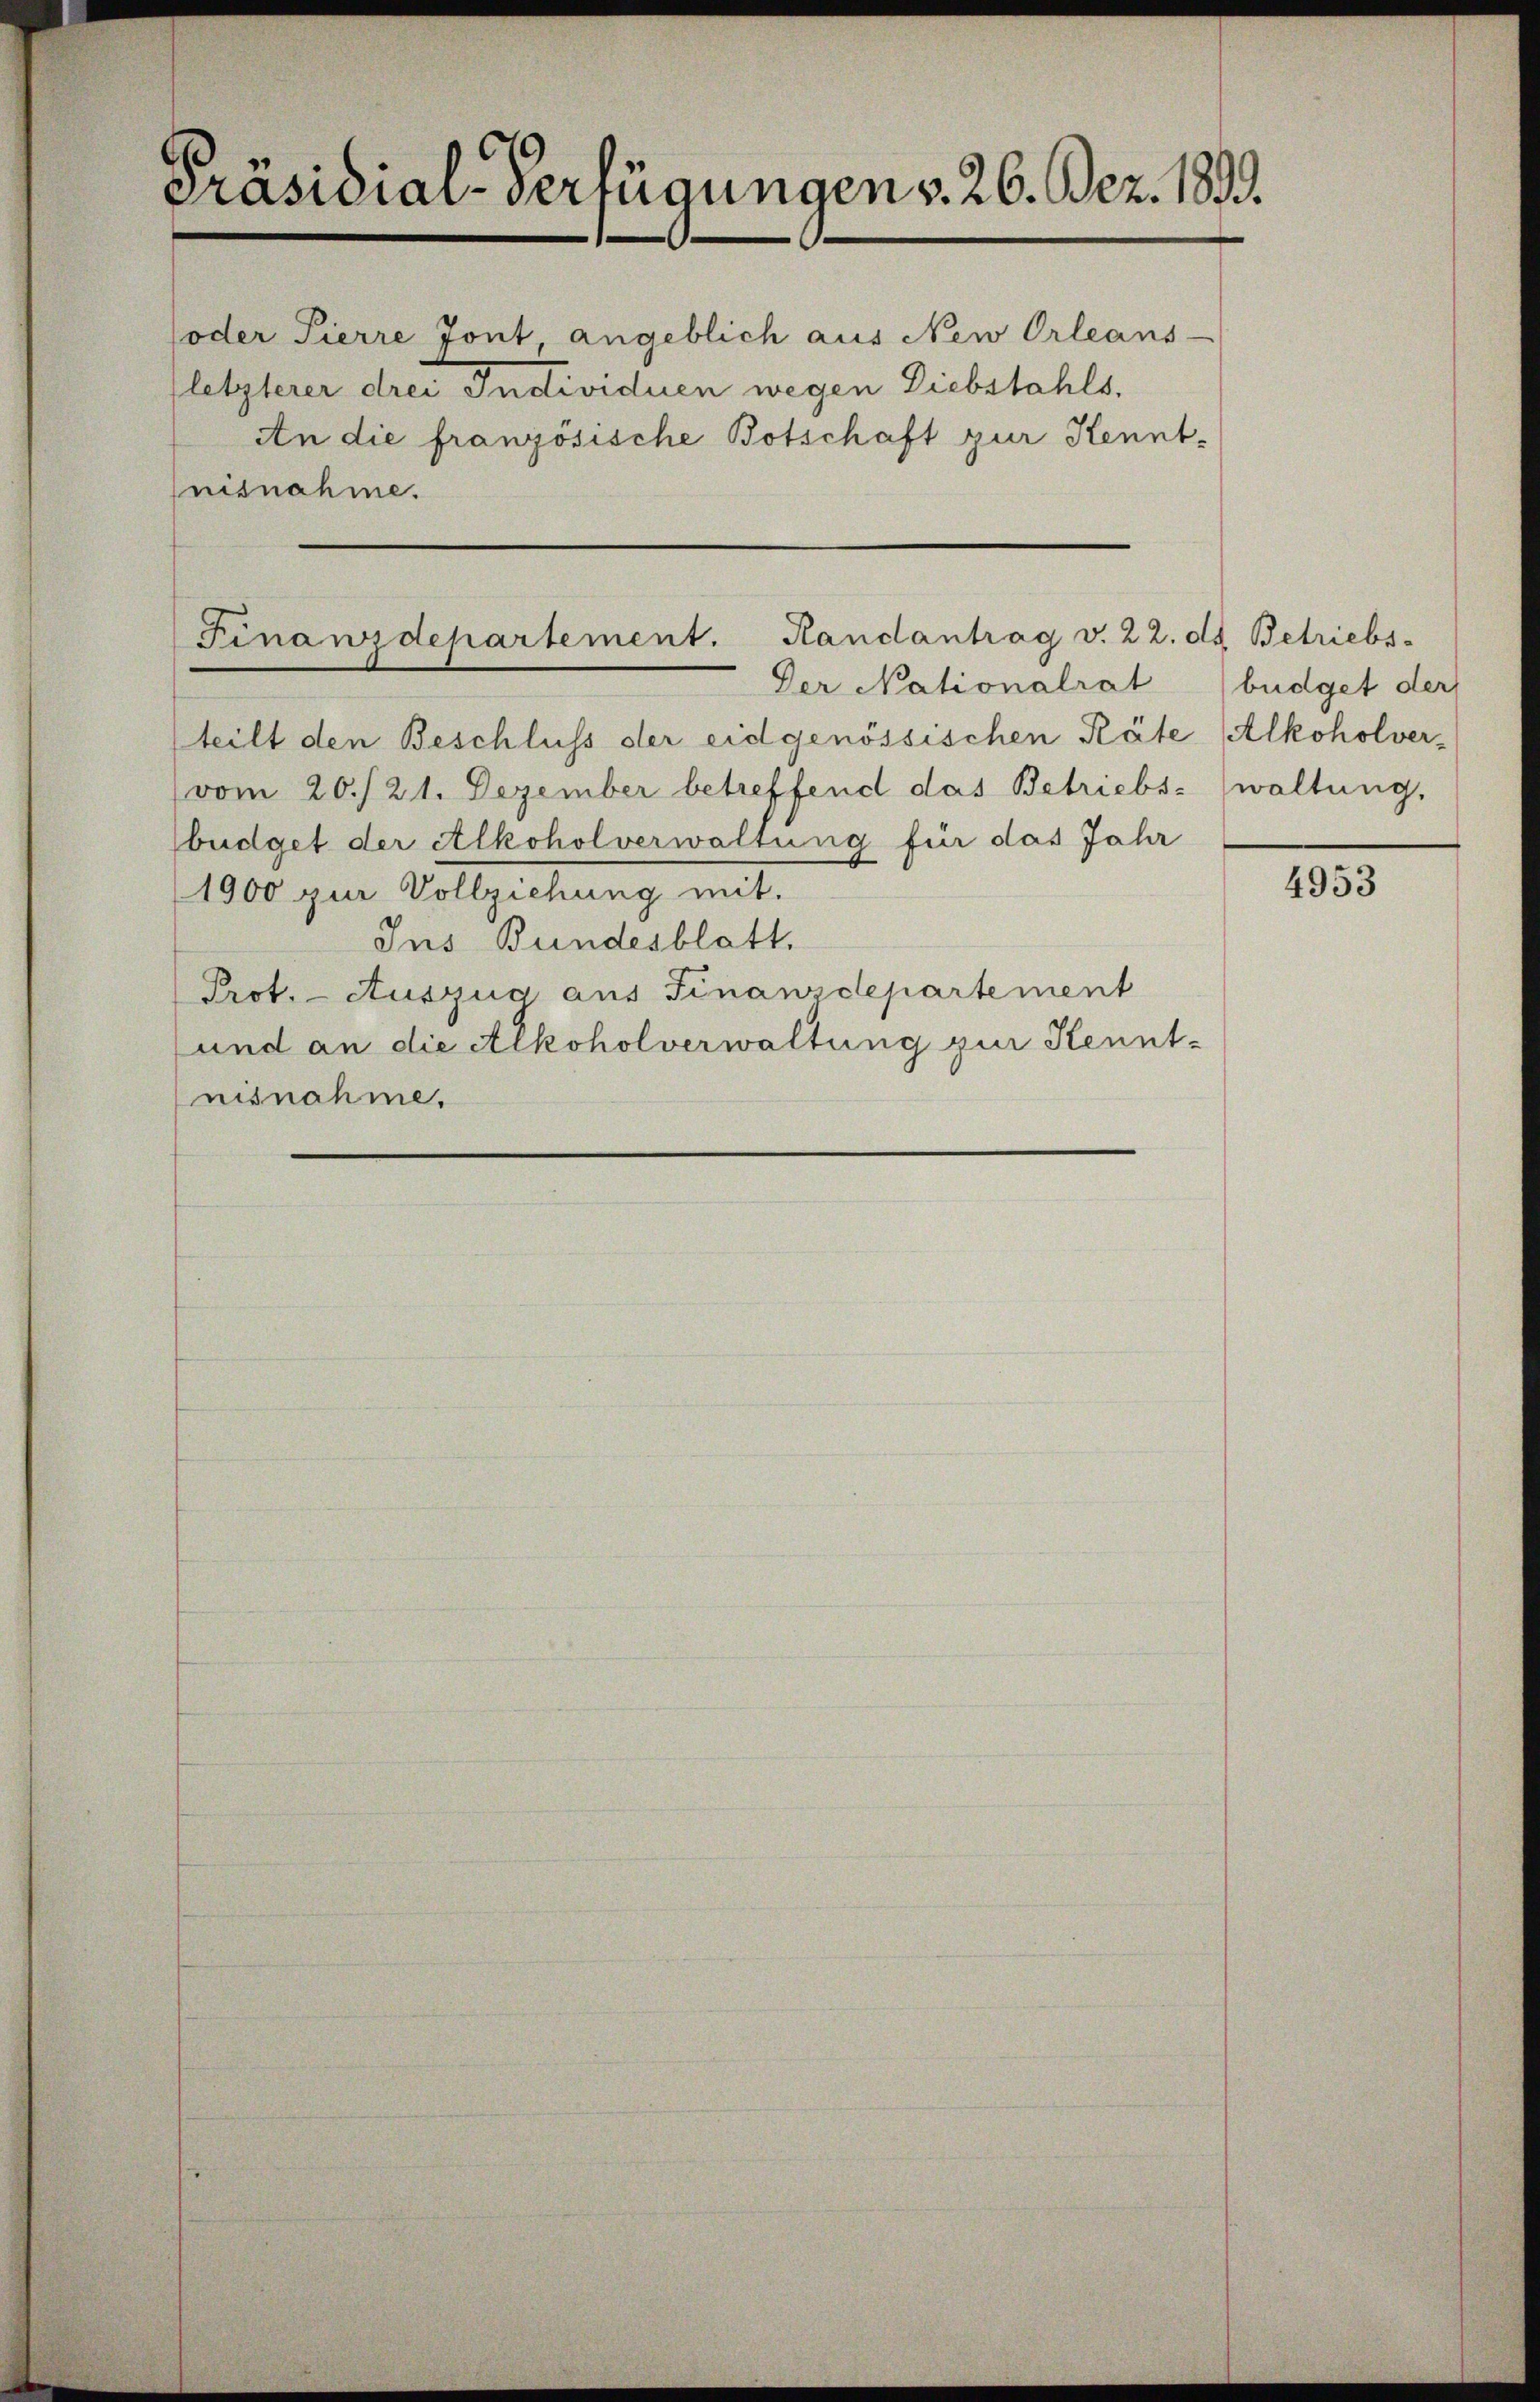
Präsidial-Verfügungen v. 26. Dez. 1833.

oder Pierre font angeblich aus New Orleans-
(letzterer drei Individuen wegen Diebstahls.
An die französische Botschaft zur Kenntnisnahme.

Finanzdepartement. Handantrag v. 22. ds. Betriebs-

Der Nationalrat
teilt den Beschluss der eidgenössischen Räte Alkoholver¬
(vom 20./21. Dezember betreffend das Betriebs- (waltung,
büdget der Alkoholverwaltung für das Jahr
1900 zur Vollziehung mit.
Ins Bundesblatt.
Prot. - Auszug aus Finanzdepartement
und an die Alkoholverwaltung zur Kenntnisnahme.

büdget der

4953